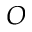
O